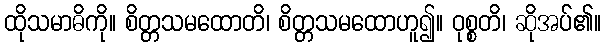
ထိုသမာဓိကို။ စိတ္တသမထောတိ၊ စိတ္တသမထောဟူ၍။ ဝုစ္စတိ၊ ဆိုအပ်၏။